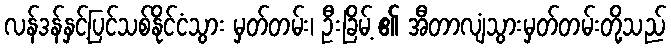
လန်ဒန်နှင့်ပြင်သစ်နိုင်ငံသွား မှတ်တမ်း၊ ဦးခြိမ့် ၏ အီတာလျံသွားမှတ်တမ်းတို့သည်